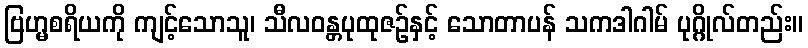
ဗြဟ္မစရိယကို ကျင့်သောသူ၊ သီလဝန္တပုထုဇဉ်နှင့် သောတာပန် သကဒါဂါမ် ပုဂ္ဂိုလ်တည်း။